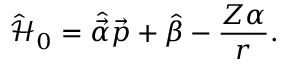
\hat { \mathcal { H } } _ { 0 } = \hat { \vec { \alpha } } \vec { p } + \hat { \beta } - \frac { Z \alpha } { r } .